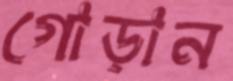
গোড়ান